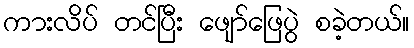
ကားလိပ် တင်ပြီး ဖျော်ဖြေပွဲ စခဲ့တယ်။